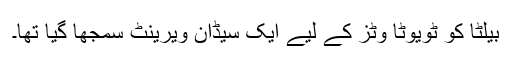
بیلٹا کو ٹویوٹا وٹز کے لیے ایک سیڈان ویرینٹ سمجھا گیا تھا۔